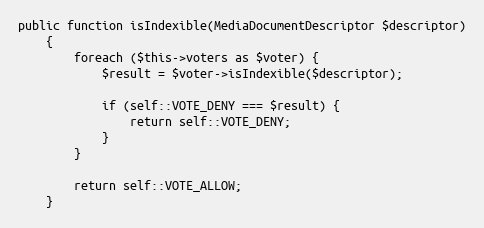
Language: PHP
public function isIndexible(MediaDocumentDescriptor $descriptor)
    {
        foreach ($this->voters as $voter) {
            $result = $voter->isIndexible($descriptor);

            if (self::VOTE_DENY === $result) {
                return self::VOTE_DENY;
            }
        }

        return self::VOTE_ALLOW;
    }